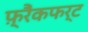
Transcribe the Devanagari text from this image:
फ़्रैंकफर्ट